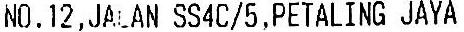
NO.12,JALAN SS4C/5,PETALING JAYA